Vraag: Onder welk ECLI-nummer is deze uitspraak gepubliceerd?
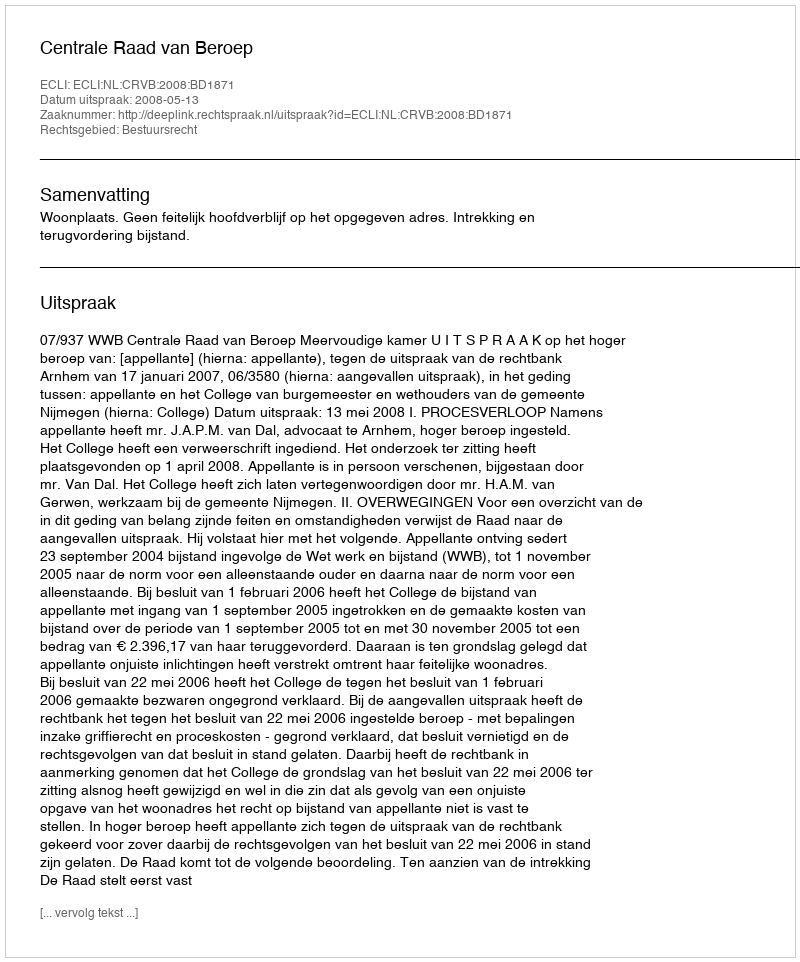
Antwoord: ECLI:NL:CRVB:2008:BD1871